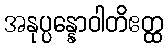
အနုပ္ပန္နောဝါတိဧတ္ထ